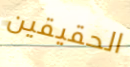
الحقيقين